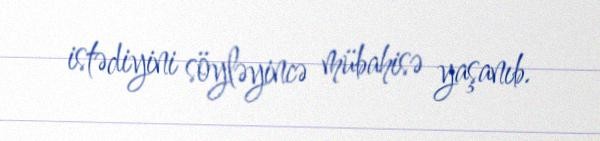
istədiyini söyləyincə mübahisə yaşanıb.